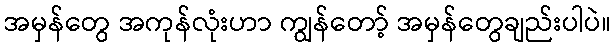
အမှန်တွေ အကုန်လုံးဟာ ကျွန်တော့် အမှန်တွေချည်းပါပဲ။